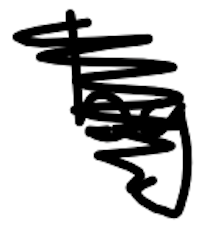
Text: by
Cross-out: mix
Writing tool: digital_black